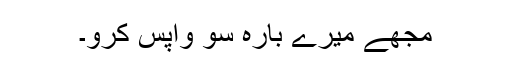
مجھے میرے بارہ سو واپس کرو۔